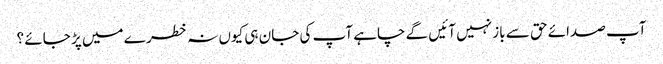
آپ صدائے حق سے باز نہیں آئیں گے چاہے آپ کی جان ہی کیوں نہ خطر ے میں پڑ جائے ؟